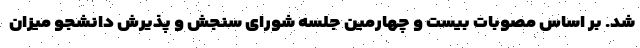
شد. بر اساس مصوبات بیست و چهارمین جلسه شورای سنجش و پذیرش دانشجو میزان